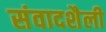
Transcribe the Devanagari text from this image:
संवादशैली